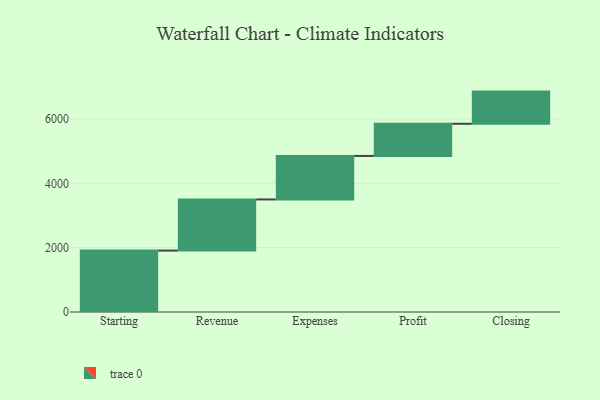
{"axis": {"x": "Step", "y": "Value"}, "legend": [""], "data": [{"x": "Starting", "y": 1909.0, "type": ""}, {"x": "Revenue", "y": 1589.0, "type": ""}, {"x": "Expenses", "y": 1352.0, "type": ""}, {"x": "Profit", "y": 1000, "type": ""}, {"x": "Closing", "y": 1000, "type": ""}]}